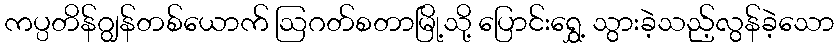
ကပ္ပတိန်ဂျွန်တစ်ယောက် ဩဂတ်စတာမြို့သို့ ပြောင်းရွှေ့ သွားခဲ့သည့်လွန်ခဲ့သော